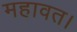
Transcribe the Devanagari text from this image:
महावत।